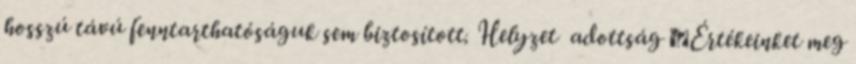
hosszú távú fenntarthatóságuk sem biztosított. Helyzet adottság ▪Értékeinket meg